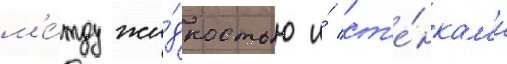
м'е́жду жи́дкостью и́ ст'е́нкам'и